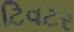
ટિવટર